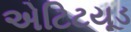
એટિટયૂડ